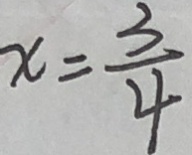
x = \frac { 3 } { 4 }